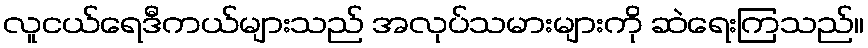
လူငယ်ရေဒီကယ်များသည် အလုပ်သမားများကို ဆဲရေးကြသည်။